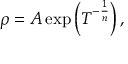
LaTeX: \rho = A \exp \left( T ^ { - { \frac { 1 } { n } } } \right) ,